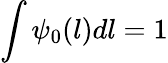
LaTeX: \int\psi_{0}(l)dl=1